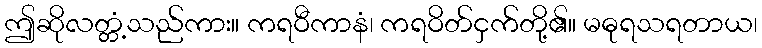
ဤဆိုလတ္တံ့သည်ကား။ ကရဝီကာနံ၊ ကရဝိတ်ငှက်တို့၏။ မဓုရသရတာယ၊